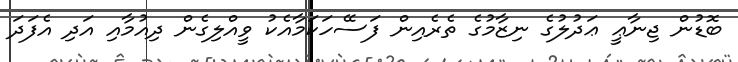
ބޮޑުން ޖިނާޢީ ޢަދުލުގެ ނިޒާމުގެ ތެރެއިން ފަސޭހަކަމާއެކު ވީއްލިގެން ދިއުމާއި އަދި އެފަދަ